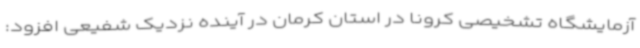
آزمایشگاه تشخیصی کرونا در استان کرمان در آینده نزدیک شفیعی افزود: